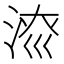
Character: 𱦱